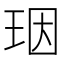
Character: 珚